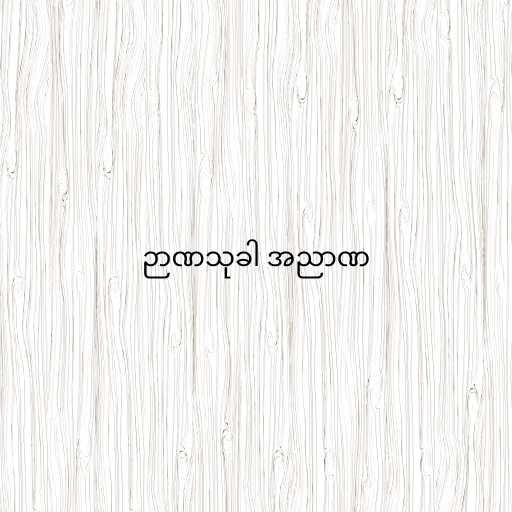
ဉာဏသုခါ အညာဏ